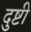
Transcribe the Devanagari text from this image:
दुष्टी